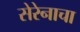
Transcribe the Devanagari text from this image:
सेरेनाचा